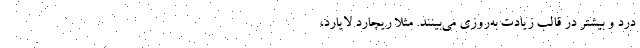
درد و بیشتر در قالب زیادت به‌روزی می‌بینند. مثلاً ریچارد لایارد،